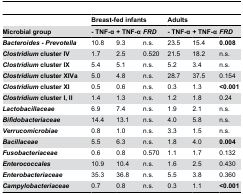
<table><thead><tr><td></td><td colspan="3"><b>Breast-fed infants</b></td><td colspan="3"><b>Adults</b></td></tr><tr><td><b>Microbial group</b></td><td><b>- TNF-α</b></td><td><b>+ TNF-α</b></td><td><b><i>FRD</i></b></td><td><b>- TNF-α</b></td><td><b>+ TNF-α</b></td><td><b><i>FRD</i></b></td></tr></thead><tbody><tr><td><b><i>Bacteroides - Prevotella</i></b></td><td>10.8</td><td>9.3</td><td>n.s.</td><td>23.5</td><td>15.4</td><td><b>0.008</b></td></tr><tr><td><b><i>Clostridium</i> cluster IV</b></td><td>1.7</td><td>2.5</td><td>0.520</td><td>21.5</td><td>18.2</td><td>n.s.</td></tr><tr><td><b><i>Clostridium</i> cluster IX</b></td><td>5.4</td><td>5.1</td><td>n.s.</td><td>5.2</td><td>3.4</td><td>n.s.</td></tr><tr><td><b><i>Clostridium</i> cluster XIVa</b></td><td>5.0</td><td>4.8</td><td>n.s.</td><td>28.7</td><td>37.5</td><td>0.154</td></tr><tr><td><b><i>Clostridium</i> cluster XI</b></td><td>0.5</td><td>0.6</td><td>n.s.</td><td>0.3</td><td>1.3</td><td><b>&lt;0.001</b></td></tr><tr><td><b><i>Clostridium</i> cIuster I, II</b></td><td>1.4</td><td>1.3</td><td>n.s.</td><td>1.2</td><td>1.8</td><td>0.24</td></tr><tr><td><b><i>Lactobacillaceae</i></b></td><td>6.9</td><td>7.4</td><td>n.s.</td><td>1.9</td><td>2.1</td><td>n.s.</td></tr><tr><td><b><i>Bifidobacteriaceae</i></b></td><td>14.4</td><td>13.1</td><td>n.s.</td><td>4.0</td><td>5.8</td><td>n.s.</td></tr><tr><td><b><i>Verrucomicrobiae</i></b></td><td>0.8</td><td>1.0</td><td>n.s.</td><td>3.3</td><td>1.5</td><td>n.s.</td></tr><tr><td><b><i>Bacillaceae</i></b></td><td>5.5</td><td>6.3</td><td>n.s.</td><td>1.8</td><td>4.0</td><td><b>0.004</b></td></tr><tr><td><b><i>Fusobacteriaceae</i></b></td><td>0.6</td><td>0.8</td><td>0.570</td><td>1.1</td><td>1.7</td><td>0.132</td></tr><tr><td><b><i>Enterococcales</i></b></td><td>10.9</td><td>10.4</td><td>n.s.</td><td>1.6</td><td>2.5</td><td>0.430</td></tr><tr><td><b><i>Enterobacteriaceae</i></b></td><td>35.3</td><td>36.8</td><td>n.s.</td><td>5.5</td><td>3.8</td><td>0.360</td></tr><tr><td><b><i>Campylobacteriaceae</i></b></td><td>0.7</td><td>0.8</td><td>n.s.</td><td>0.3</td><td>1.1</td><td><b>&lt;0.001</b></td></tr></tbody></table>